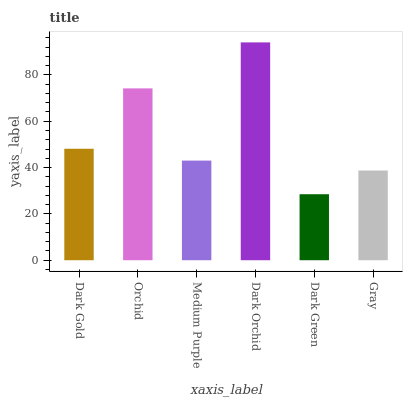
| xaxis_label | bars |
 | --- | --- |
 | Dark Gold | 48.1 |
 | Orchid | 74.2 |
 | Medium Purple | 43 |
 | Dark Orchid | 94 |
 | Dark Green | 28.5 |
 | Gray | 38.7 |